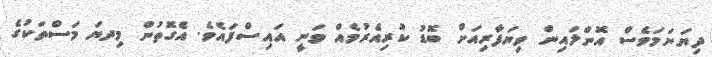
ދިޔަނަމަވެސް އޮންލައިން ވިޔަފާރިއަށް ބޮޑު ކުރިއެރުމެއް ވަނީ އައިސްފައެވެ. އެގޮތުން މިދޔަ މަސްތަކުގެ